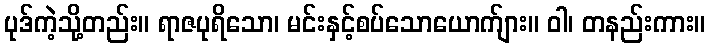
ပုဒ်ကဲ့သို့တည်း။ ရာဇပုရိသော၊ မင်းနှင့်စပ်သောယောက်ျား။ ဝါ၊ တနည်းကား။